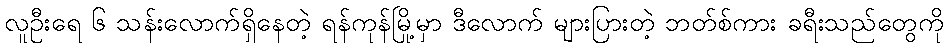
လူဦးရေ ၆ သန်းလောက်ရှိနေတဲ့ ရန်ကုန်မြို့မှာ ဒီလောက် များပြားတဲ့ ဘတ်စ်ကား ခရီးသည်တွေကို